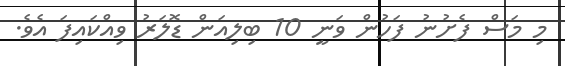
މި މަސް ފެށުނު ފަހުން ވަނީ 10 ބިލިއަން ޑޮލަރު ވިއްކައިފަ އެވެ.